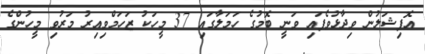
އޮފިޝަލުން ވިދާޅުވެފައި ވަނީ ބޮމުގެ ހަމަލާގައި 37 މީހަކު ޒަހަމްވިއިރު މަރުވި މީހުންގެ